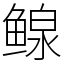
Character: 鳈